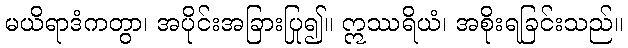
မယိရာဒံကတွာ၊ အပိုင်းအခြားပြု၍။ ဣဿရိယံ၊ အစိုးရခြင်းသည်။